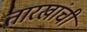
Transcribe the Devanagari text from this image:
तारखांची